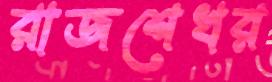
রাজশেখর